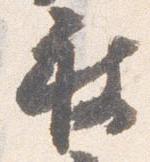
被